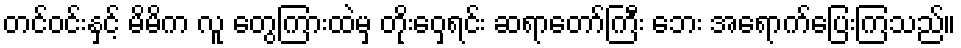
တင်ဝင်းနှင့် မိမိက လူ တွေကြားထဲမှ တိုးဝှေ့ရင်း ဆရာတော်ကြီး ဘေး အရောက်ပြေးကြသည်။